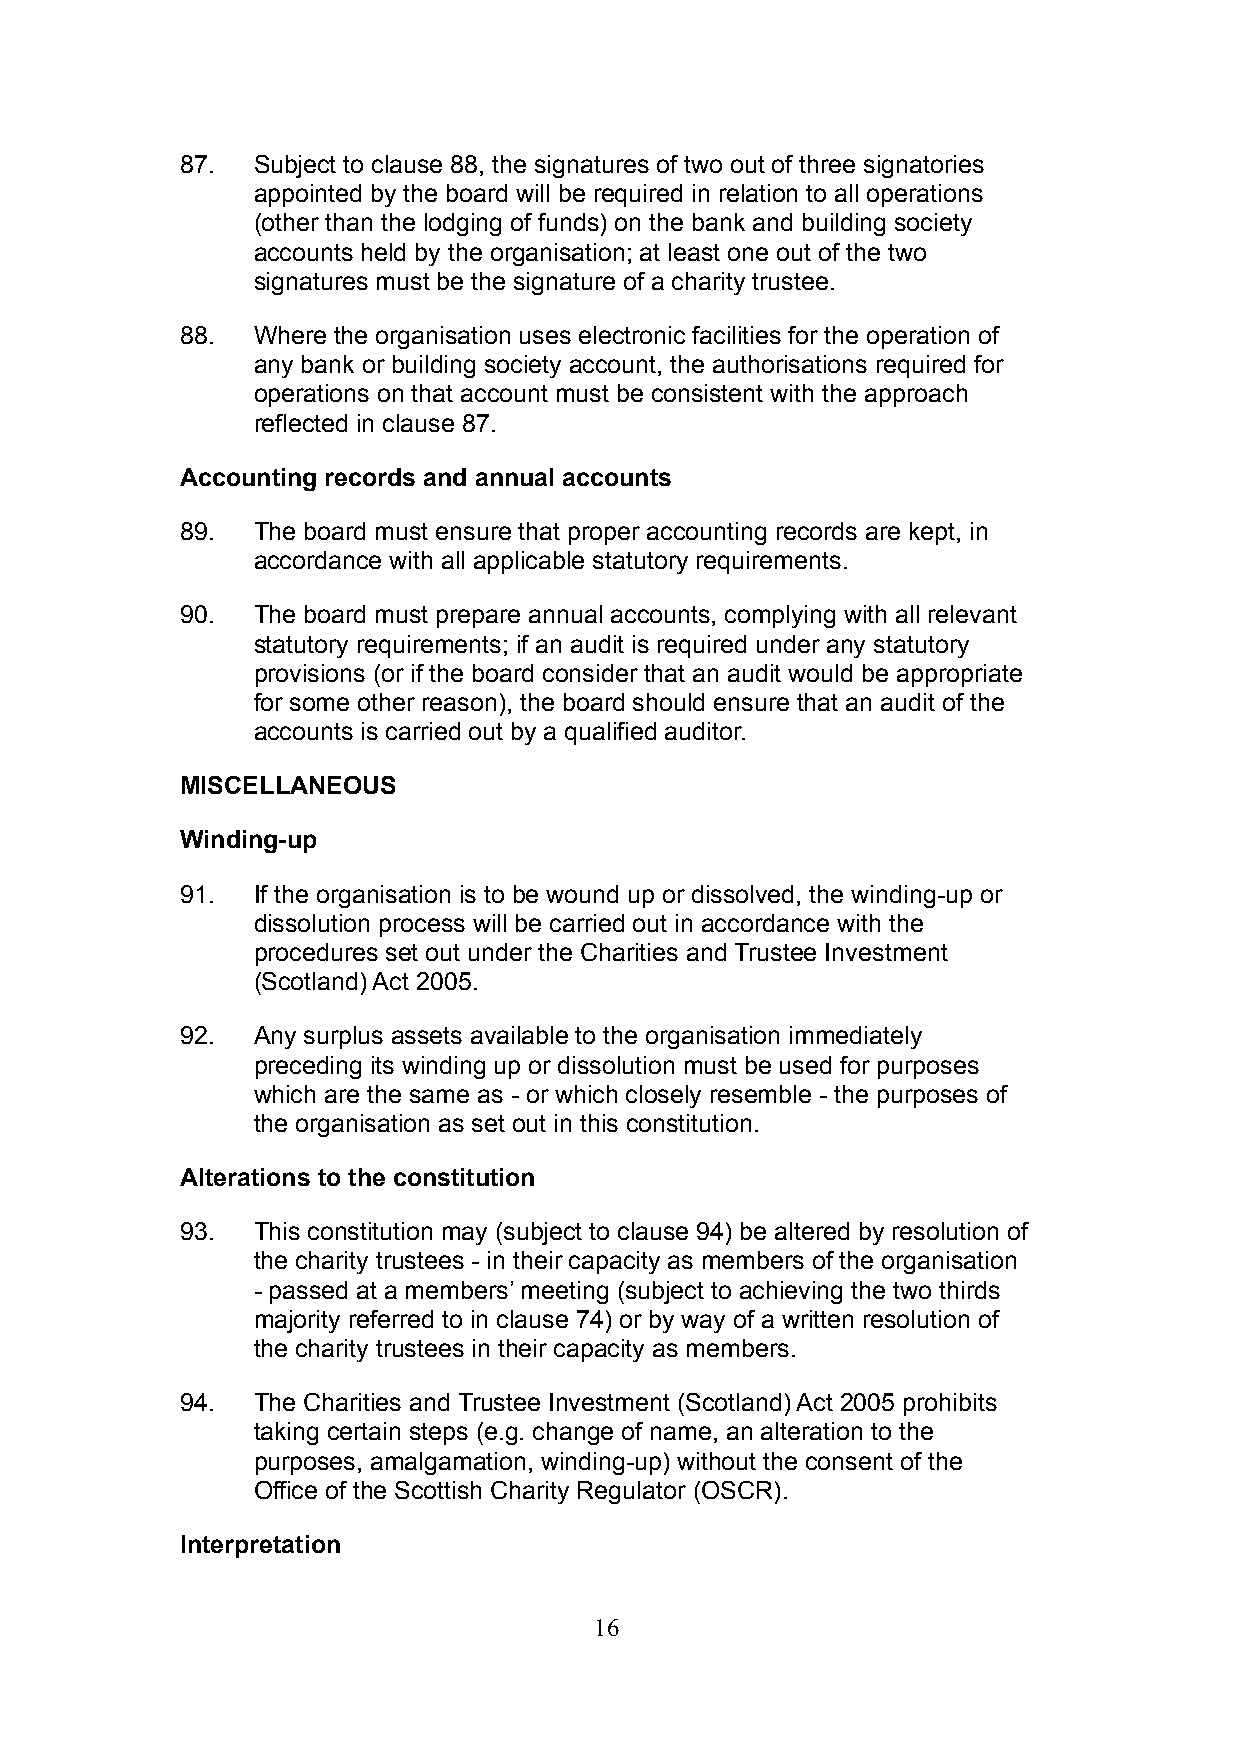
87.  Subject to clause 88, the signatures of two out of three signatories
 appointed by the board will be required in relation to all operations
 (other than the lodging of funds) on the bank and building society
 accounts held by the organisation; at least one out of the two
 signatures must be the signature of a charity trustee.
 88.  Where the organisation uses electronic facilities for the operation of
 any bank or building society account, the authorisations required for
 operations on that account must be consistent with the approach
 reflected in clause 87.
 Accounting records and annual accounts
 89.  The board must ensure that proper accounting records are kept, in
 accordance with all applicable statutory requirements.
 90.  The board must prepare annual accounts, complying with all relevant
 statutory requirements; if an audit is required under any statutory
 provisions (or if the board consider that an audit would be appropriate
 for some other reason), the board should ensure that an audit of the
 accounts is carried out by a qualified auditor.
 MISCELLANEOUS
 Winding-up
 91.  If the organisation is to be wound up or dissolved, the winding-up or
 dissolution process will be carried out in accordance with the
 procedures set out under the Charities and Trustee Investment
 (Scotland) Act 2005.
 92.  Any surplus assets available to the organisation immediately
 preceding its winding up or dissolution must be used for purposes
 which are the same as - or which closely resemble - the purposes of
 the organisation as set out in this constitution.
 Alterations to the constitution
 93.  This constitution may (subject to clause 94) be altered by resolution of
 the charity trustees - in their capacity as members of the organisation
 - passed at a members’ meeting (subject to achieving the two thirds
 majority referred to in clause 74) or by way of a written resolution of
 the charity trustees in their capacity as members.
 94.  The Charities and Trustee Investment (Scotland) Act 2005 prohibits
 taking certain steps (e.g. change of name, an alteration to the
 purposes, amalgamation, winding-up) without the consent of the
 Office of the Scottish Charity Regulator (OSCR).
 Interpretation
 16